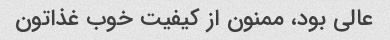
عالی بود، ممنون از کیفیت خوب غذاتون